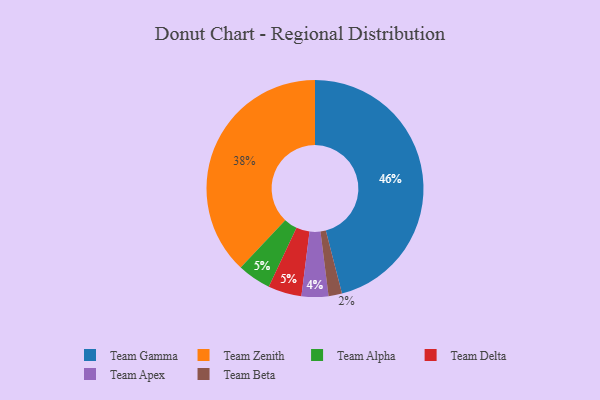
{"axis": {"x": "Category", "y": "Percentage"}, "legend": ["Team Alpha", "Team Apex", "Team Beta", "Team Delta", "Team Gamma", "Team Zenith"], "data": [{"x": "Team Beta", "y": 2, "type": "Team Beta"}, {"x": "Team Apex", "y": 4, "type": "Team Apex"}, {"x": "Team Alpha", "y": 5, "type": "Team Alpha"}, {"x": "Team Delta", "y": 5, "type": "Team Delta"}, {"x": "Team Gamma", "y": 46, "type": "Team Gamma"}, {"x": "Team Zenith", "y": 38, "type": "Team Zenith"}]}